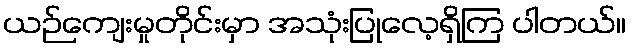
ယဉ်ကျေးမှုတိုင်းမှာ အသုံးပြုလေ့ရှိကြ ပါတယ်။